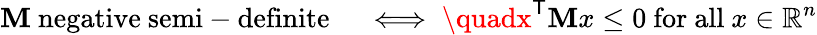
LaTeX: \mathbf{M}{\mathrm{{~negative~semi-definite}}}\quad\iff\quadx^{\textsf{{T}}}\mathbf{M}x\leq0{\mathrm{{~for~all~}}}x\in\mathbb{{R}}^{n}